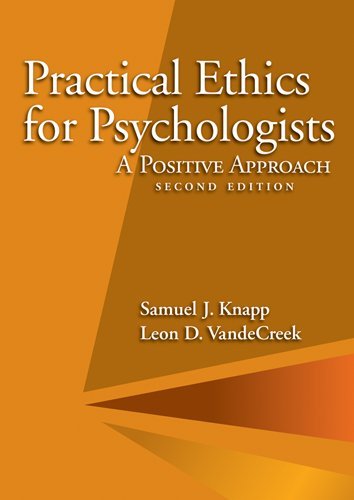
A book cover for Practical Ethics for Psychologists: A Positive Approach; Samuel J. Knapp; Health, Fitness & Dieting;